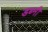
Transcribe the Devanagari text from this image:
डब्नी